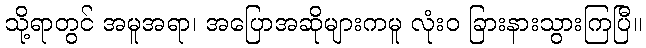
သို့ရာတွင် အမူအရာ၊ အပြောအဆိုများကမူ လုံးဝ ခြားနားသွားကြပြီ။